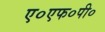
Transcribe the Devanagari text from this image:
ए०एफ०पी०